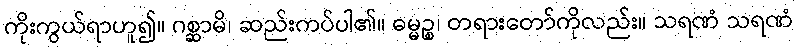
ကိုးကွယ်ရာဟူ၍။ ဂစ္ဆာမိ၊ ဆည်းကပ်ပါ၏။ ဓမ္မဉ္စ၊ တရားတော်ကိုလည်း။ သရဏံ သရဏံ